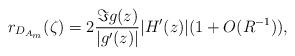
LaTeX: \begin{align*}r_{D_{A_m}}(\zeta) = 2 \frac{\Im g(z)}{|g'(z)|} |H'(z)|(1+O(R^{-1})),\end{align*}